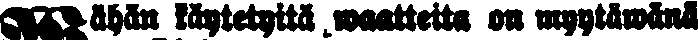
Wähän käytetyitä waatteita on myytäwänä